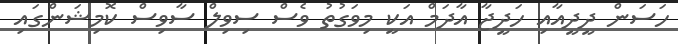
ހަސަން ދީދީއާއި ހަދީޖާ އާދަމް އަކީ މިވަގުތު ވެސް ސިވިލް ސާވިސް ކޮމިޝަންގައި